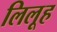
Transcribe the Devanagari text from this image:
लिलूह